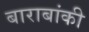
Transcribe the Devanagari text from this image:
बाराबांकी